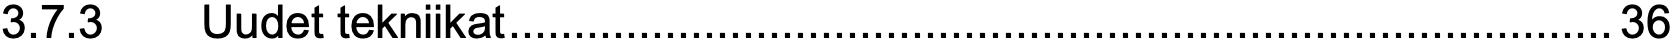
3.7.3  Uudet tekniikat.....................................................................................36